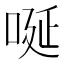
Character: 唌